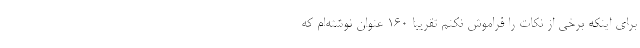
برای اینکه برخی از نکات را فراموش نکنم تقریبا ۱۶۰ عنوان نوشته‌ام که